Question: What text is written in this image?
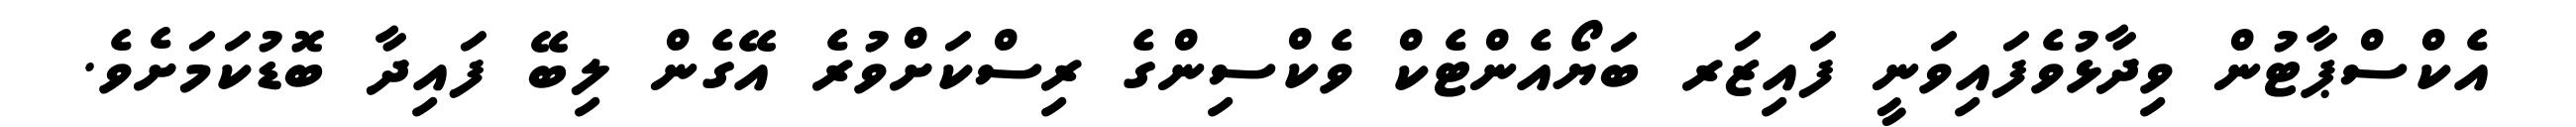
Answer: އެކްސްޕާޓުން ވިދާޅުވެފައިވަނީ ފައިޒަރ ބަޔޯއެންޓެކް ވެކްސިންގެ ރިސްކަށްވުރެ އޭގެން ލިބޭ ފައިދާ ބޮޑުކަމަށެވެ.